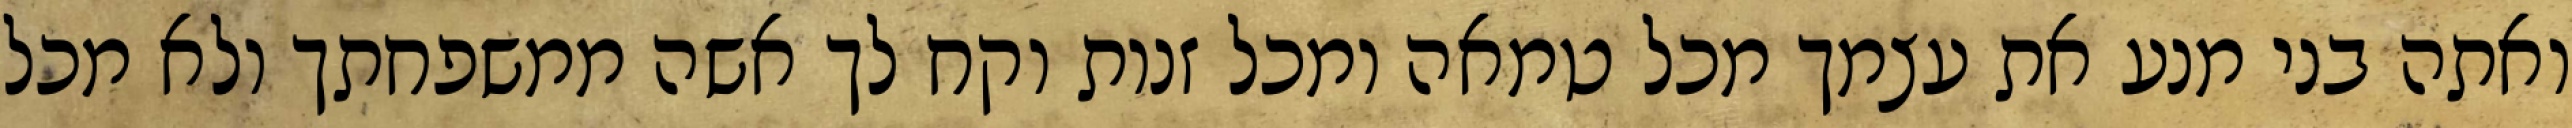
ואתה בני מנע את עצמך מכל טמאה ומכל זנות וקח לך אשה ממשפחתך ולא מכל